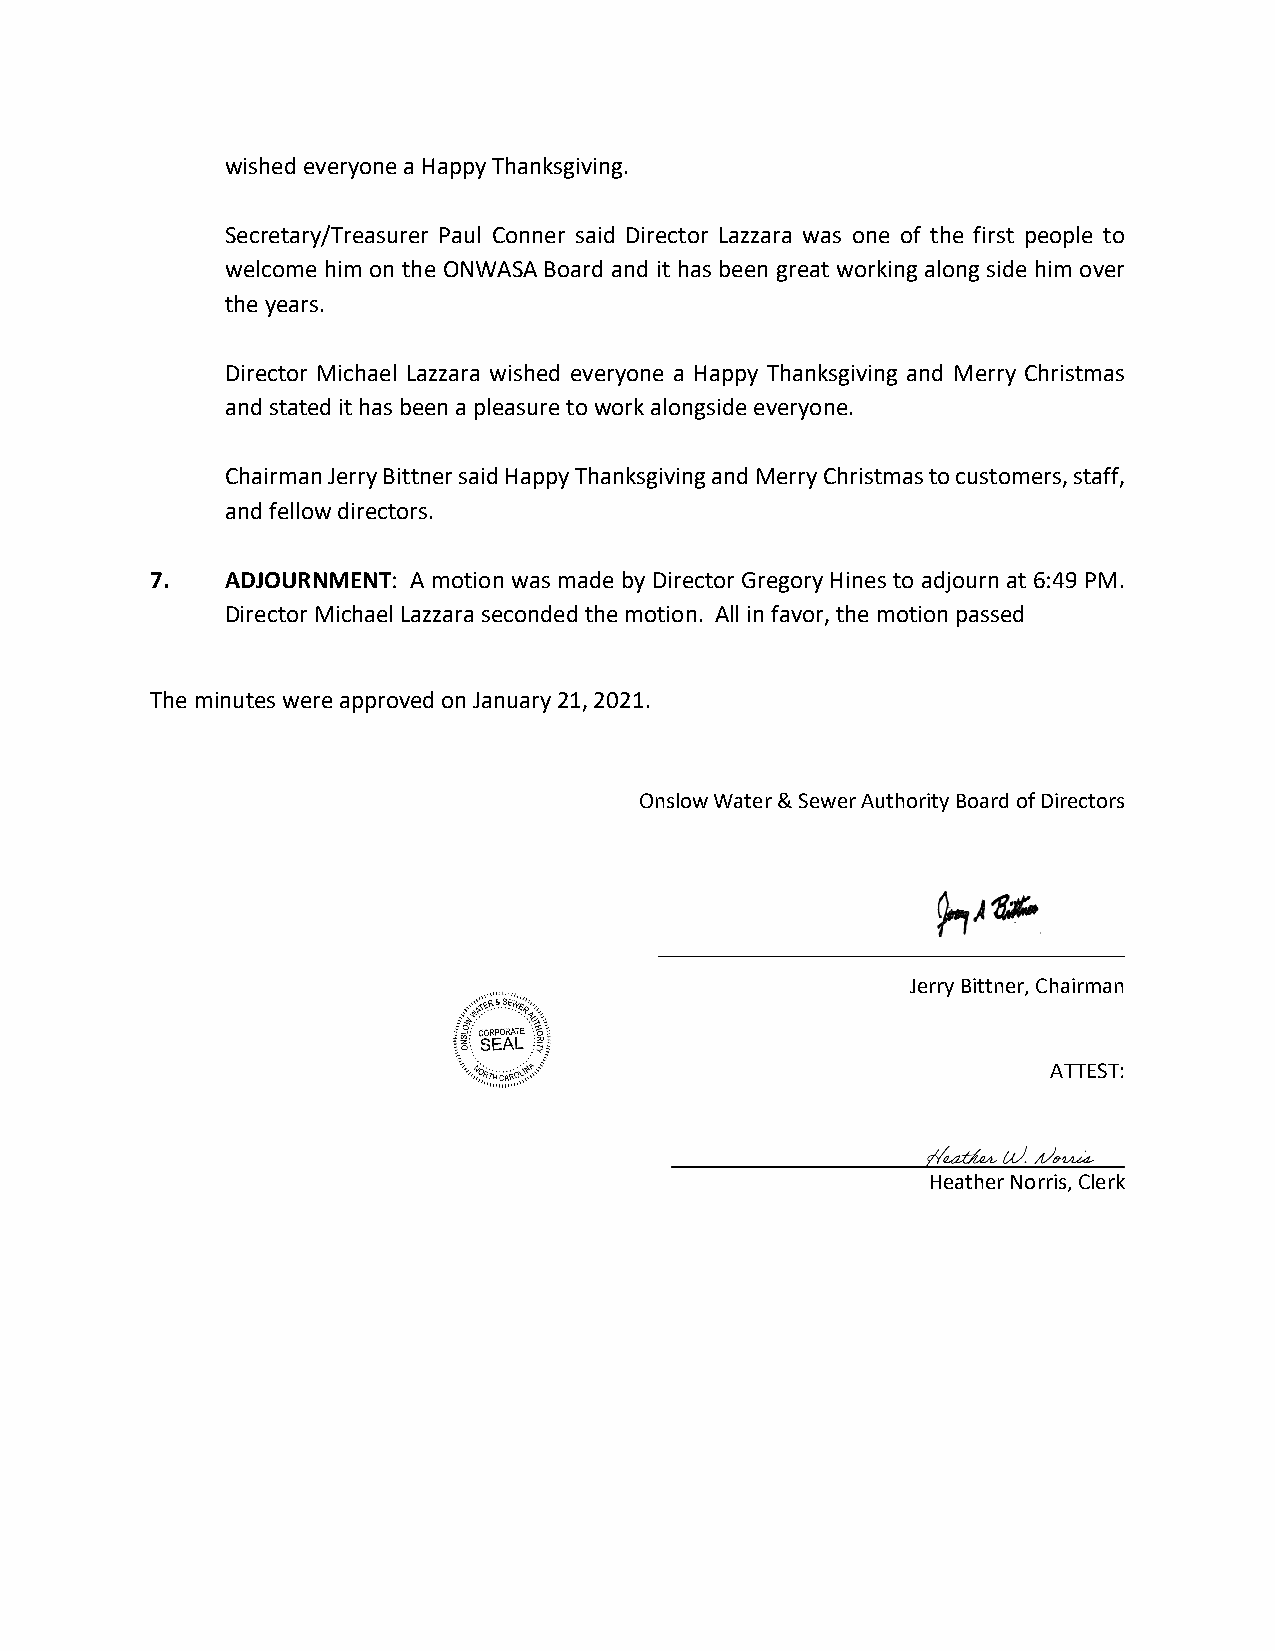
wished everyone a Happy Thanksgiving.
 Secretary/Treasurer Paul Conner said Director Lazzara was one of the first people to
 welcome him on the ONWASA Board and it has been great working along side him over
 the years.
 Director Michael Lazzara wished everyone a Happy Thanksgiving and Merry Christmas
 and stated it has been a pleasure to work alongside everyone.
 Chairman Jerry Bittner said Happy Thanksgiving and Merry Christmas to customers, staff,
 and fellow directors.
 7.   ADJOURNMENT: A motion was made by Director Gregory Hines to adjourn at 6:49 PM.
 Director Michael Lazzara seconded the motion. All in favor, the motion passed
 The minutes were approved on January 21, 2021.
 Onslow Water & Sewer Authority Board of Directors
 Jerry Bittner, Chairman
 ATTEST:
 Heather Norris, Clerk